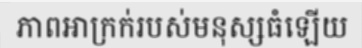
ភាពអាក្រក់របស់មនុស្សធំឡើយ